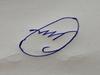
Signature authenticity: forged